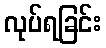
လုပ်ရခြင်း